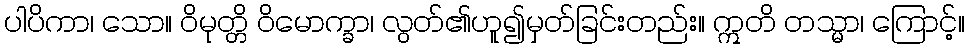
ပါပိကာ၊ သော။ ဝိမုတ္တိ ဝိမောက္ခာ၊ လွတ်၏ဟူ၍မှတ်ခြင်းတည်း။ ဣတိ တသ္မာ၊ ကြောင့်။